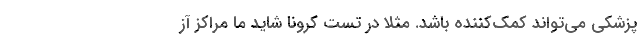
پزشکی می‌تواند کمک‌کننده باشد. مثلا در تست کرونا شاید ما مراکز آز